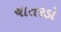
ચાતરડો